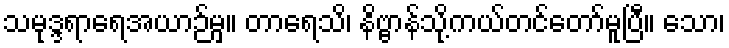
သမုဒ္ဒရာရေအယာဉ်မှ။ တာရေသိ၊ နိဗ္ဗာန်သို့ကယ်တင်တော်မူပြီ။ သော၊